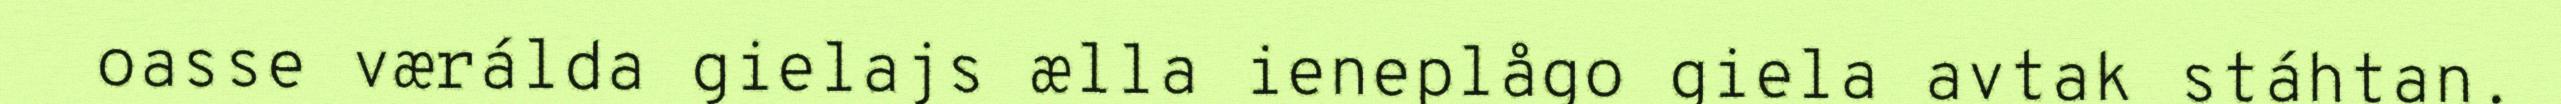
oasse værálda gielajs ælla ieneplågo giela avtak stáhtan.